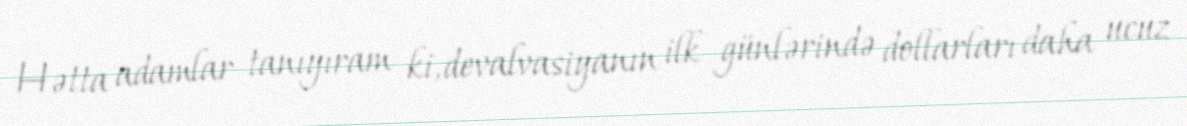
Hətta adamlar tanıyıram ki, devalvasiyanın ilk günlərində dollarları daha ucuz